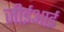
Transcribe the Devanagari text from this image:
जीईआई